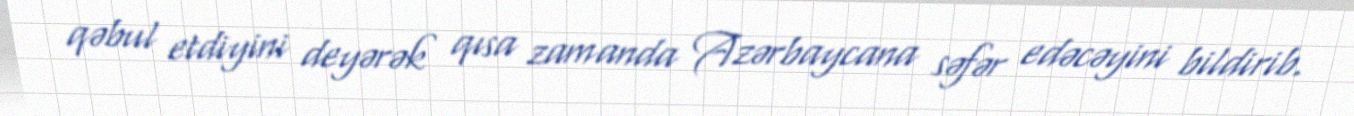
qəbul etdiyini deyərək qısa zamanda Azərbaycana səfər edəcəyini bildirib.